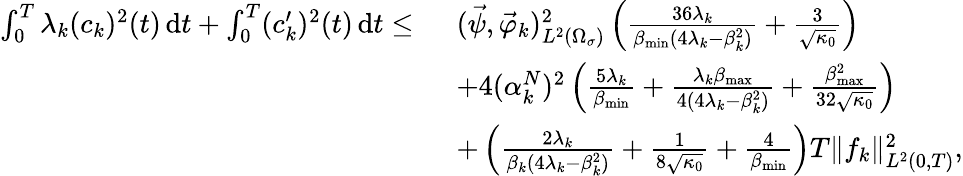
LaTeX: \begin{array}{rl}{\int_{0}^{T}\lambda_{k}(c_{k})^{2}(t)\, \mathrm dt+\int_{0}^{T}(c_{k}^{\prime})^{2}(t)\, \mathrm dt\leq\ }&{(\vec{\psi},\vec{\varphi}_{k})_{L^{2}(\Omega_{\sigma})}^{2}\left(\frac{36\lambda_{k}}{\beta_{\operatorname*{min}}(4\lambda_{k}-\beta_{k}^{2})}+\frac{3}{\sqrt{\kappa_{0}}}\right)}\\ &{+4(\alpha_{k}^{N})^{2}\left(\frac{5\lambda_{k}}{\beta_{\operatorname*{min}}}+\frac{\lambda_{k}\beta_{\operatorname*{max}}}{4(4\lambda_{k}-\beta_{k}^{2})}+\frac{\beta_{\operatorname*{max}}^{2}}{32\sqrt{\kappa_{0}}}\right)}\\ &{+\left(\frac{2\lambda_{k}}{\beta_{k}(4\lambda_{k}-\beta_{k}^{2})}+\frac{1}{8\sqrt{\kappa_{0}}}+\frac{4}{\beta_{\operatorname*{min}}}\right)T\| f_{k}\| _{L^{2}(0,T)}^{2},}\end{array}